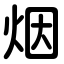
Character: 烟